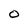
Character: O